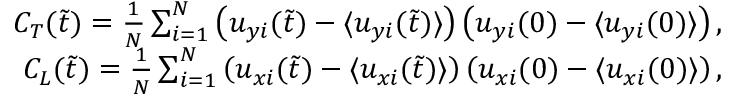
\begin{array} { r } { C _ { T } ( \tilde { t } ) = \frac { 1 } { N } \sum _ { i = 1 } ^ { N } \left( u _ { y i } ( \tilde { t } ) - \langle u _ { y i } ( \tilde { t } ) \rangle \right) \left( u _ { y i } ( 0 ) - \langle u _ { y i } ( 0 ) \rangle \right) , } \\ { C _ { L } ( \tilde { t } ) = \frac { 1 } { N } \sum _ { i = 1 } ^ { N } \left( u _ { x i } ( \tilde { t } ) - \langle u _ { x i } ( \tilde { t } ) \rangle \right) \left( u _ { x i } ( 0 ) - \langle u _ { x i } ( 0 ) \rangle \right) , } \end{array}